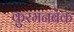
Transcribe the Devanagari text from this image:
कुरमनबेक